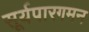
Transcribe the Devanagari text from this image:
सूर्यपारगमन